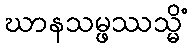
ဃာနသမ္ဖဿသ္မိံ